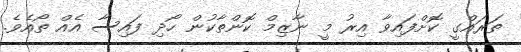
ތަރައްގީ ކޮށްފައިވާ އިރު މީ ނާޒިމް ކޮންތާކުން ހޯދި ފައިސާ އެއް ތޯއެވެ.